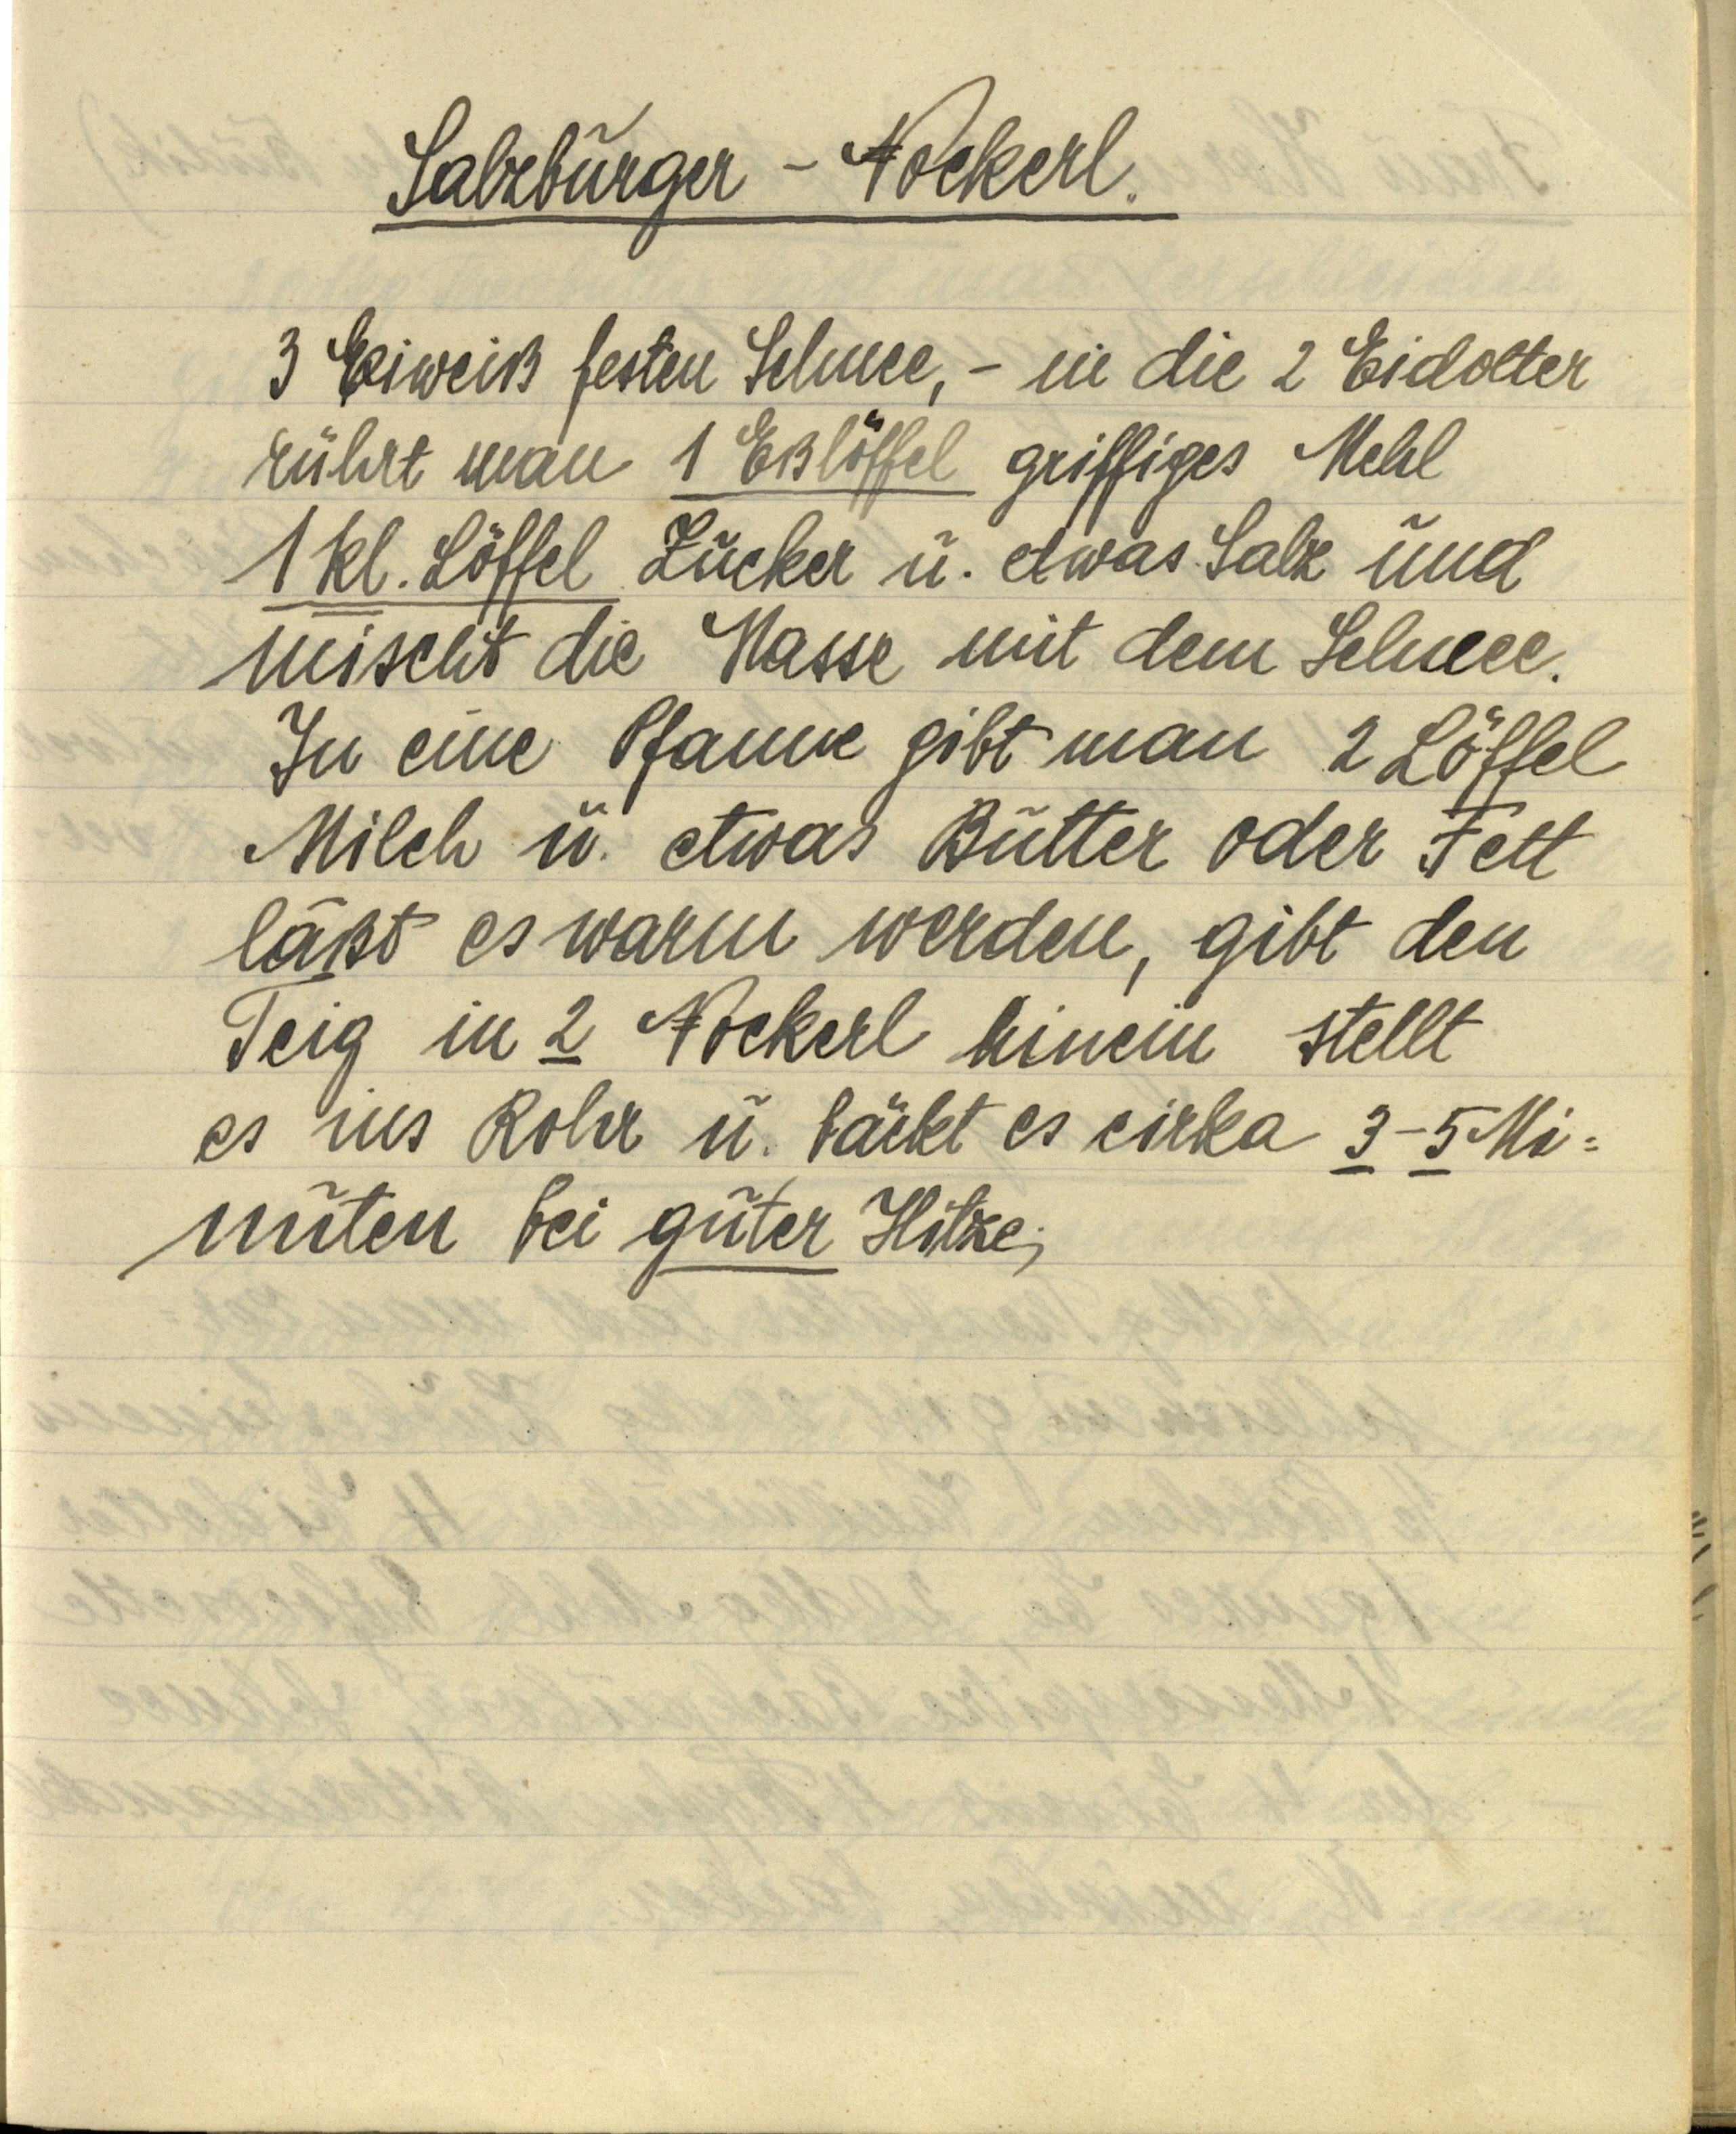
Salzburger — Nockerl.

3 Eiweiß festen Schnee, — in die 2 Eidotter
rührt man 1 Eßlöffel griffiges Mehl
1 kl. Löffel Zucker u. etwas Salz und
mischt die Masse mit dem Schnee.
In eine Pfanne gibt man 2 Löffel
Milch u. etwas Butter oder Fett
läßt es warm werden, gibt den
Teig in 2 Nockerl hinein stellt
es ins Rohr u. bäckt es cirka 3-5 Mi¬
nuten bei guter Hitze.